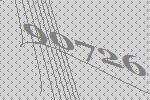
90726